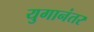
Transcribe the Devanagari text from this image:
युगानंतर